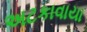
અટકાવાયા